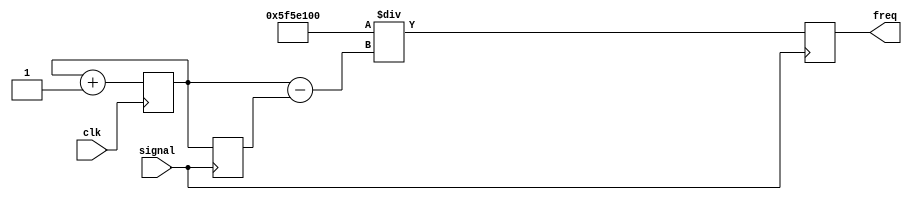
module freq_counter (
    input signal, clk,
    output reg [31:0] freq
);

reg [31:0] counter = 0;
reg [31:0] cycles = 0;
reg [31:0] Startcount = 0;
reg [31:0] Endcount = 0;

// Implement the frequency counter
always@(posedge clk)
begin
    counter = counter + 1;
end
always@(posedge signal)
begin
    Startcount = Endcount;
    Endcount = counter;
    cycles = Endcount - Startcount;
    freq = 100000000 / cycles;
    //freq = cycles;  //Uncomment this line to see # of cycles in the waveform
end


endmodule